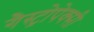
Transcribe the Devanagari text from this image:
गैस्ट्रोपेक्सी